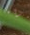
الخراء